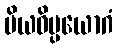
ပိယဝိပ္ပယောဂံ